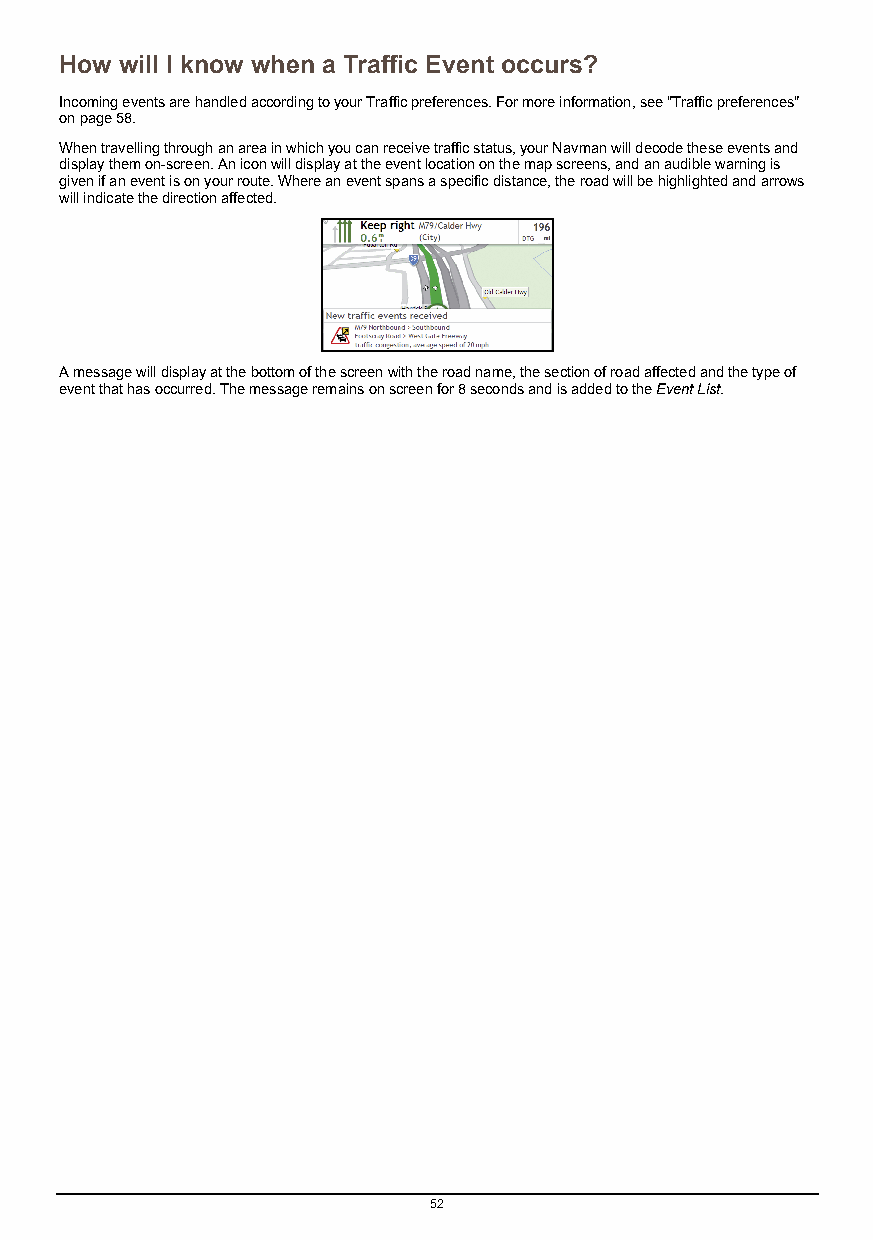
How will I know when a Traffic Event occurs?
 Incoming events are handled according to your Traffic preferences. For more information, see "Traffic preferences"
 on page 58.
 When travelling through an area in which you can receive traffic status, your Navman will decode these events and
 display them on-screen. An icon will display at the event location on the map screens, and an audible warning is
 given if an event is on your route. Where an event spans a specific distance, the road will be highlighted and arrows
 will indicate the direction affected.
 A message will display at the bottom of the screen with the road name, the section of road affected and the type of
 event that has occurred. The message remains on screen for 8 seconds and is added to the Event List.
 52